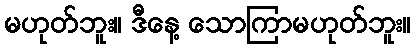
မဟုတ်ဘူး။ ဒီနေ့ သောကြာမဟုတ်ဘူး။